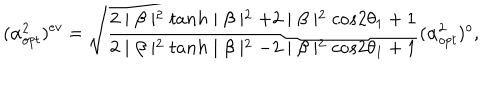
( \alpha _ { o p t } ^ { 2 } ) ^ { e v } = \sqrt { \frac { 2 \mid \beta \mid ^ { 2 } t a n h \mid \beta \mid ^ { 2 } + 2 \mid \beta \mid ^ { 2 } c o s 2 \theta _ { 1 } + 1 } { 2 \mid \beta \mid ^ { 2 } t a n h \mid \beta \mid ^ { 2 } - 2 \mid \beta \mid ^ { 2 } c o s 2 \theta _ { 1 } + 1 } } ( \alpha _ { o p t } ^ { 2 } ) ^ { o } ,